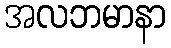
အလဘမာနာ